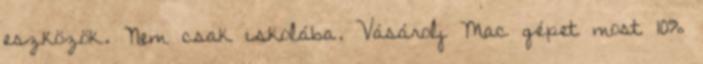
eszközök. Nem csak iskolába. Vásárolj Mac gépet most 10%